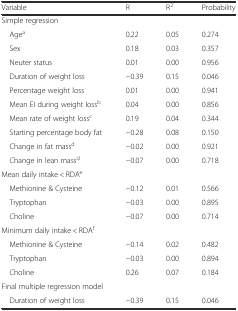
| Variable | R | R2 | Probability |
 | --- | --- | --- | --- |
 | Simple regression |  |  |  |
 | Agea | 0.22 | 0.05 | 0.274 |
 | Sex | 0.18 | 0.03 | 0.357 |
 | Neuter status | 0.01 | 0.00 | 0.956 |
 | Duration of weight loss | −0.39 | 0.15 | 0.046 |
 | Percentage weight loss | 0.01 | 0.00 | 0.941 |
 | Mean EI during weight lossb | 0.04 | 0.00 | 0.856 |
 | Mean rate of weight lossc | 0.19 | 0.04 | 0.344 |
 | Starting percentage body fat | −0.28 | 0.08 | 0.150 |
 | Change in fat massd | −0.02 | 0.00 | 0.921 |
 | Change in lean massd | −0.07 | 0.00 | 0.718 |
 | Mean daily intake < RDAe |  |  |  |
 | Methionine & Cysteine | −0.12 | 0.01 | 0.566 |
 | Tryptophan | −0.03 | 0.00 | 0.895 |
 | Choline | −0.07 | 0.00 | 0.714 |
 | Minimum daily intake < RDAf |  |  |  |
 | Methionine & Cysteine | −0.14 | 0.02 | 0.482 |
 | Tryptophan | −0.03 | 0.00 | 0.894 |
 | Choline | 0.26 | 0.07 | 0.184 |
 | Final multiple regression model |  |  |  |
 | Duration of weight loss | −0.39 | 0.15 | 0.046 |